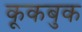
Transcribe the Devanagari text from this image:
कूकबुक